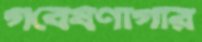
গবেষণাগার